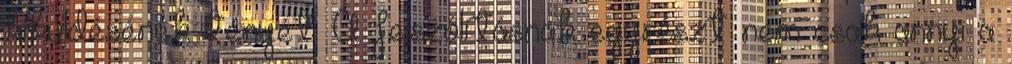
kiküldésének tényét. A felszólításnak egyrészt nem csak annyi a